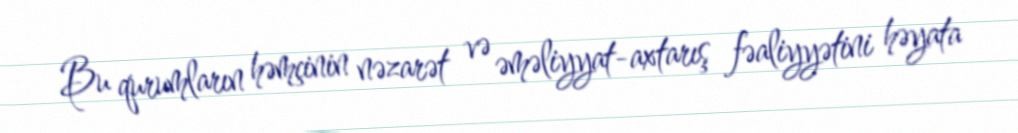
Bu qurumların həmçinin nəzarət və əməliyyat-axtarış fəaliyyətini həyata